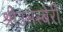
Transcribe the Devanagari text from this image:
श्रीउसस्बेर्री